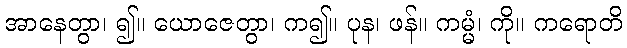
အာနေတွာ၊ ၍။ ယောဇေတွာ၊ က၍။ ပုန၊ ဖန်။ ကမ္မံ၊ ကို။ ကရောတိ